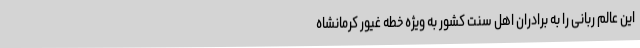
این عالم ربانی را به برادران اهل سنت کشور به ویژه خطه غیور کرمانشاه